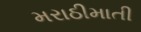
મરાઠીમાતી